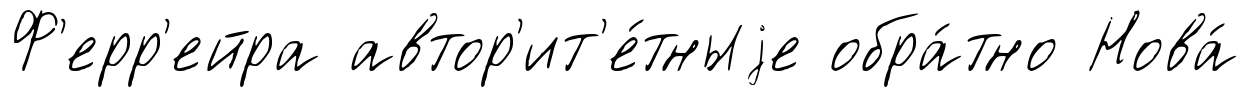
Ф'ерр'ейра автор'ит'е́тныjе обра́тно Нова́